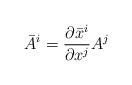
LaTeX: \begin{align*}\bar{A}{}^{i}=\frac{\partial\bar{x}{}^{i}}{\partial x{}^{j}}A^{j}\end{align*}